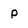
Character: p